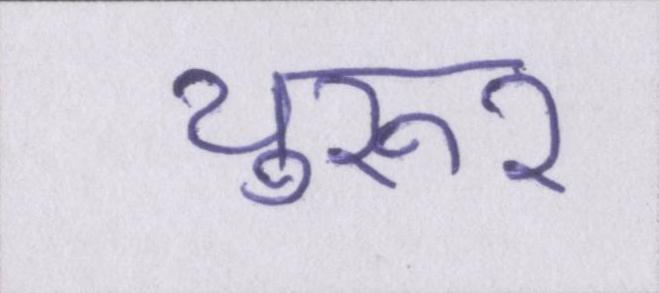
थुरूर